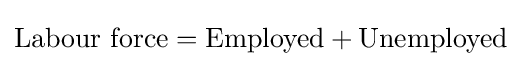
{\text{Labour force}}={\text{Employed}}+{\text{Unemployed}}